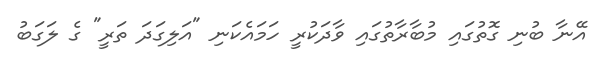
އޭނާ ބުނި ގޮތުގައި މުބާރާތުގައި ވާދަކުރީ ހަމައެކަނި "އަލިގަދަ ތަރީ" ގެ ލަގަބު